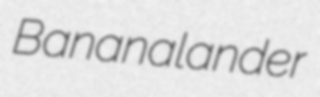
Bananalander